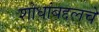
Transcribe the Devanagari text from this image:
शोधांबद्दलचे